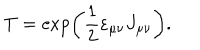
T = \exp \left( \frac 1 2 \varepsilon _ { \mu \nu } J _ { \mu \nu } \right) .